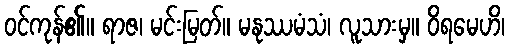
ဝင်ကုန်၏။ ရာဇ၊ မင်းမြတ်။ မနုဿမံသံ၊ လူသားမှ။ ဝိရမေဟိ၊